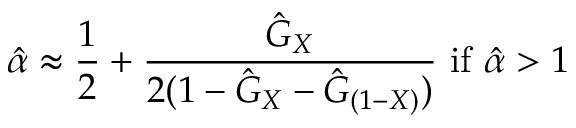
{ \hat { \alpha } } \approx { \frac { 1 } { 2 } } + { \frac { { \hat { G } } _ { X } } { 2 ( 1 - { \hat { G } } _ { X } - { \hat { G } } _ { ( 1 - X ) } ) } } { \mathrm { ~ i f ~ } } { \hat { \alpha } } > 1